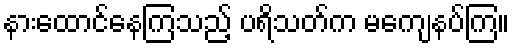
နားထောင်နေကြသည့် ပရိသတ်က မကျေနပ်ကြ။